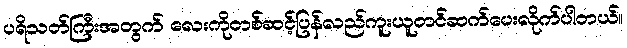
ပရိသတ်ကြီးအတွက် လေးကိုတစ်ဆင့်ပြန်လည်ကူးယူတင်ဆက်ပေးလိုက်ပါတယ်။